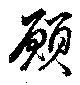
願